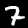
Digit: 7